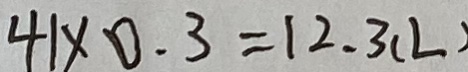
4 1 \times 0 . 3 = 1 2 . 3 ( L )